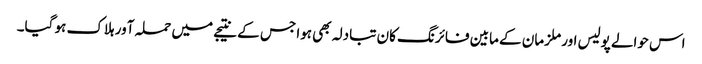
اس حوالے پولیس اور ملزمان کے مابین فائرنگ کان تبادلہ بھی ہوا جس کے نتیجے میں حملہ آور ہلاک ہو گیا۔